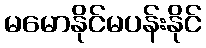
မမောနိုင်မပန်းနိုင်